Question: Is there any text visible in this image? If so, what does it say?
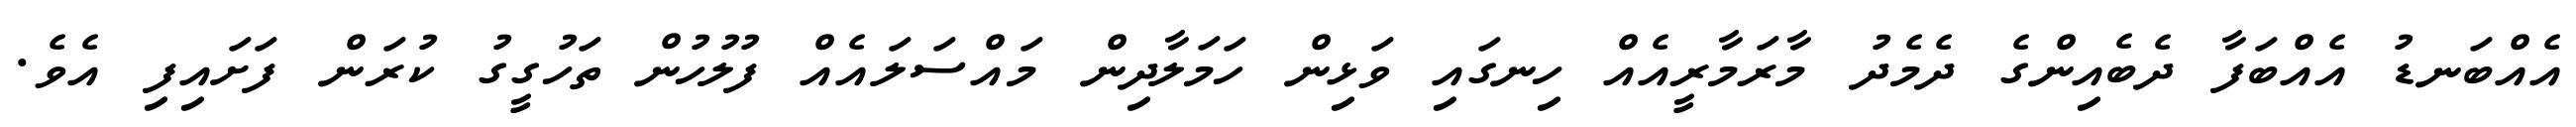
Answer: އެއްބަނޑު އެއްބަފާ ދެބެއިންގެ ދެމެދު މާރަމާރީއެއް ހިނގައި ވަޅިން ހަމަލާދިން މައްސަލައެއް ފުލުހުން ތަހުގީގު ކުރަން ފަށައިފި އެވެ.